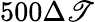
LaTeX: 500\Delta\mathscr{T}